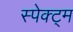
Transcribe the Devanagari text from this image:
स्पेक्ट्म